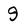
Character: 9